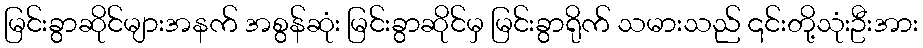
မြင်းခွာဆိုင်များအနက် အစွန်ဆုံး မြင်းခွာဆိုင်မှ မြင်းခွာရိုက် သမားသည် ၎င်းတို့သုံးဦးအား